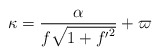
\begin{align*}\kappa =\frac{\alpha}{f\sqrt{1+{f'}^2}}+\varpi\end{align*}